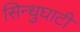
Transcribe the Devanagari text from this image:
सिन्‍धुघाटी